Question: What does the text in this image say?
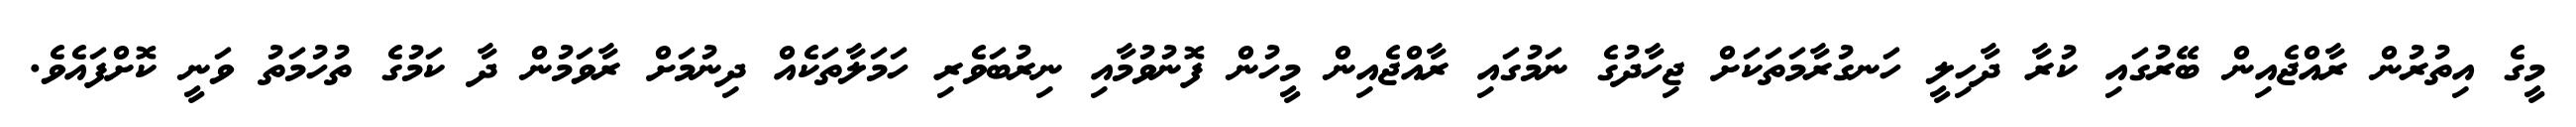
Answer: މީގެ އިތުރުން ރާއްޖެއިން ބޭރުގައި ކުރާ ދާހިލީ ހަނގުރާމަތަކަށް ޖިހާދުގެ ނަމުގައި ރާއްޖެއިން މީހުން ފޮނުވުމާއި ނިރުބަވެރި ހަމަލާތަކެއް ދިނުމަށް ރާވަމުން ދާ ކަމުގެ ތުހުމަތު ވަނީ ކޮށްފައެވެ.